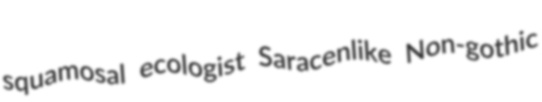
squamosal ecologist Saracenlike Non-gothic